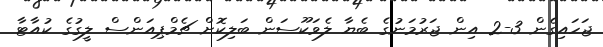
ޖަހައިގެން 3-2 އިން ޖަރުމަނުގެ ބެޔާ ލެވަކޫސަން ބަލިކޮށް ޗެމްޕިއަންސް ލީގުގެ ކުއާޓާ